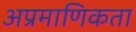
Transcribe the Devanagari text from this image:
अप्रमाणिकता